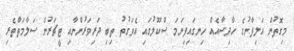
މިގޮތުން އަލިފާނުގެ ހާދިސާއެއް ހިނގައިފިނަމަ ސްކޫލުގައި އެވަގުތު ތިބި ދަރިވަރުންނާއި ޓީޗަރުން ސަލާމަތްތެރި